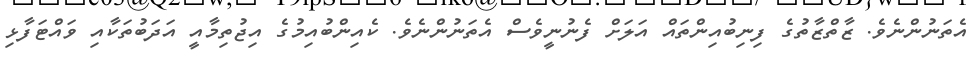
އެތަނުންނެވެ. ޒާތްޒާތުގެ ފިނިބުއިންތައް އަލަށް ފެނުނީވެސް އެތަނުންނެވެ. ކެއިންބުއިމުގެ އިޖުތިމާއީ އަދަބުތަކާއި ވައްޓަފާޅި